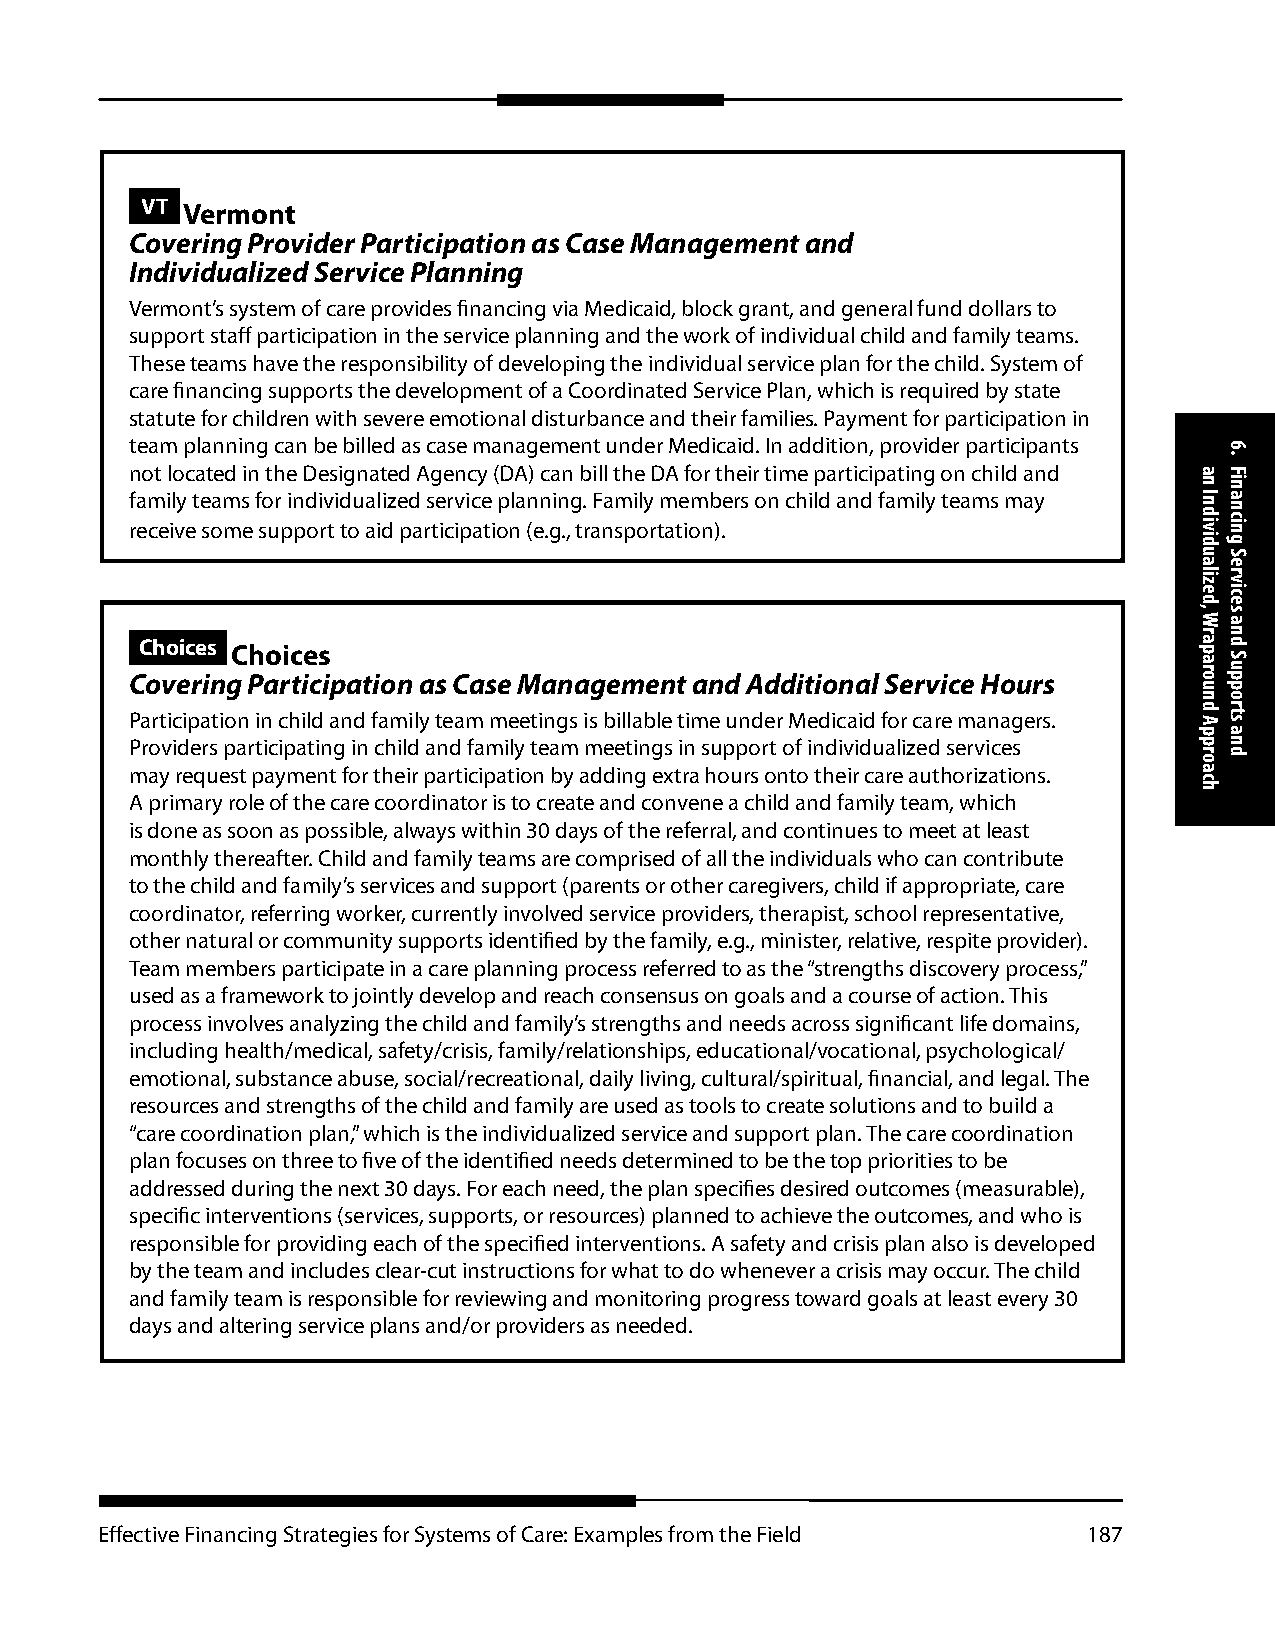
VT Vermont
 Covering Provider Participation as Case Management and
 Individualized Service Planning
 Vermont’s system of care provides financing via Medicaid, block grant, and general fund dollars to
 support staff participation in the service planning and the work of individual child and family teams.
 These teams have the responsibility of developing the individual service plan for the child. System of
 care financing supports the development of a Coordinated Service Plan, which is required by state
 statute for children with severe emotional disturbance and their families. Payment for participation in
 team planning can be billed as case management under Medicaid. In addition, provider participants
 not located in the Designated Agency (DA) can bill the DA for their time participating on child and
 family teams for individualized service planning. Family members on child and family teams may
 receive some support to aid participation (e.g., transportation).
 Choices Choices
 Covering Participation as Case Management and Additional Service Hours
 Participation in child and family team meetings is billable time under Medicaid for care managers.
 Providers participating in child and family team meetings in support of individualized services
 may request payment for their participation by adding extra hours onto their care authorizations.
 A primary role of the care coordinator is to create and convene a child and family team, which
 is done as soon as possible, always within 30 days of the referral, and continues to meet at least
 monthly thereafter. Child and family teams are comprised of all the individuals who can contribute
 to the child and family’s services and support (parents or other caregivers, child if appropriate, care
 coordinator, referring worker, currently involved service providers, therapist, school representative,
 other natural or community supports identified by the family, e.g., minister, relative, respite provider).
 Team members participate in a care planning process referred to as the “strengths discovery process,”
 used as a framework to jointly develop and reach consensus on goals and a course of action. This
 process involves analyzing the child and family’s strengths and needs across significant life domains,
 including health/medical, safety/crisis, family/relationships, educational/vocational, psychological/
 emotional, substance abuse, social/recreational, daily living, cultural/spiritual, financial, and legal. The
 resources and strengths of the child and family are used as tools to create solutions and to build a
 “care coordination plan,” which is the individualized service and support plan. The care coordination
 plan focuses on three to five of the identified needs determined to be the top priorities to be
 addressed during the next 30 days. For each need, the plan specifies desired outcomes (measurable),
 specific interventions (services, supports, or resources) planned to achieve the outcomes, and who is
 responsible for providing each of the specified interventions. A safety and crisis plan also is developed
 by the team and includes clear-cut instructions for what to do whenever a crisis may occur. The child
 and family team is responsible for reviewing and monitoring progress toward goals at least every 30
 days and altering service plans and/or providers as needed.
 Effective Financing Strategies for Systems of Care: Examples from the Field 187
 an
 Individualized,
 Wraparound
 Approach
 6.
 Financing
 Services
 and
 Supports
 and